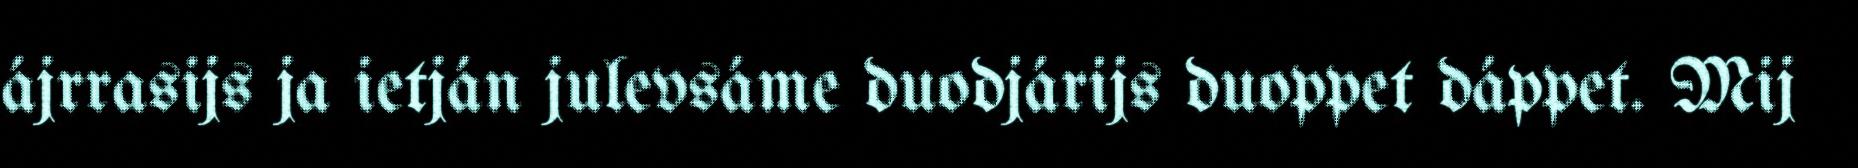
ájrrasijs ja ietján julevsáme duodjárijs duoppet dáppet. Mij